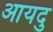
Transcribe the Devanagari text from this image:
आयदु